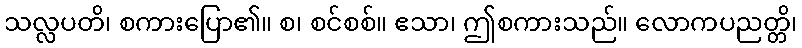
သလ္လပတိ၊ စကားပြော၏။ စ၊ စင်စစ်။ ဧသာ၊ ဤစကားသည်။ လောကပညတ္တိ၊